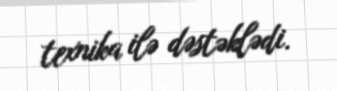
texnika ilə dəstəklədi.